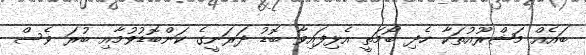
ބައެއް މަޝްރޫއުތަކާ ހެދި ބޯމަތީ އެޅިފައިވާ ބޮޑު ދަރަނީގެ ކަންބޮޑުވުމާއި ބުރަ ވެސް